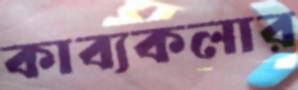
কাব্যকলার